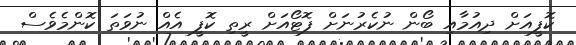
ކޮފީއަށް ދިއުމާއި ބޯން ނުކެރުނަށް ފޮޓޯއަށް ރީތި ކޮފީ އެއް ނުވަތަ ކޮންމެވެސް